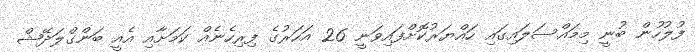
ފުލުހުން ބުނީ މިމައްސަލައިގައި ހައްޔަރުކޮށްފައިވަނީ 26 އަހަރުގެ ފިރިހެނެއް ކަމަށާއި އެއީ ބަންގްލަދޭޝް